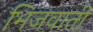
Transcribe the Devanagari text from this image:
भिजवाती